Indian journal of veterinary science and animal husbandry - Volumes 24-25, 1954-1955
Year: 1954
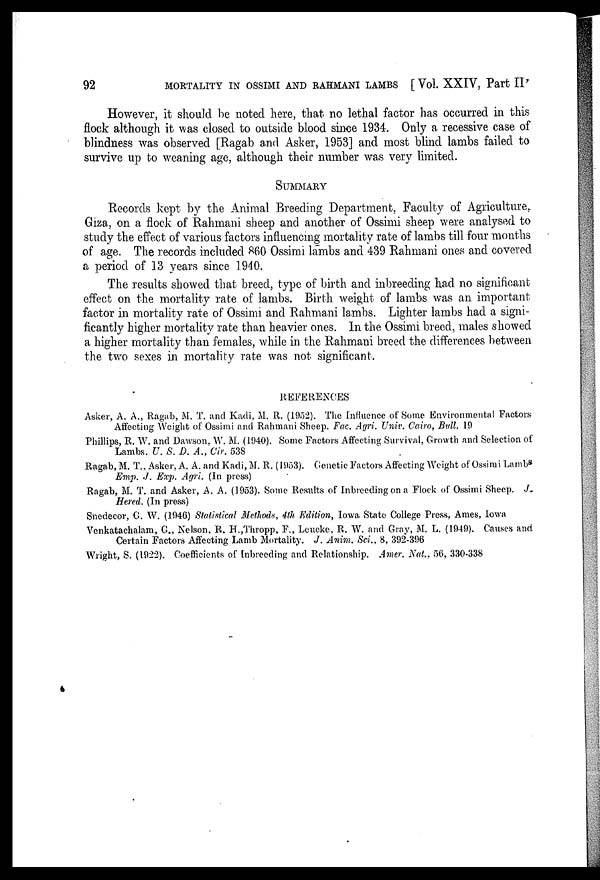
92
MORTALITY IN OSSIMI AND RAHMANI LAMBS [Vol. XXIV, Part II,
However, it should be noted here, that no lethal factor has occurred in this
flock although it was closed to outside blood since 1934. Only a recessive case of
blindness was observed [Ragab and Asker, 1953] and most blind lambs failed to
survive up to weaning age, although their number was very limited.
SUMMARY
Records kept by the Animal Breeding Department, Faculty of Agriculture,
Giza, on a flock of Rahmani sheep and another of Ossimi sheep were analysed to
study the effect of various factors influencing mortality rate of lambs till four months
of age. The records included 860 Ossimi lambs and 439 Rahmani ones and covered
a period of 13 years since 1940.
The results showed that breed, type of birth and inbreeding had no significant
effect on the mortality rate of lambs. Birth weight of lambs was an important
factor in mortality rate of Ossimi and Rahmani lambs. Lighter lambs had a signi-
ficantly higher mortality rate than heavier ones. In the Ossimi breed, males showed
a higher mortality than females, while in the Rahmani breed the differences between
the two sexes in mortality rate was not significant.
REFERENCES
Asker, A. A., Ragab, M. T. and Kadi. M. R. (1952). The Influence of Some Environmental Factors
Affecting Weight of Ossimi and Rahmani Sheep. Fac. Agri. Univ. Cairo, Bull. 19
Phillips, R. W. and Dawson, W. M. (1940). Some Factors Affecting Survival. Growth and Selection of
Lambs. U. S. D. A., Cir. 538
Ragab, M. T., Asker, A. A. and Kadi, M. R. (1953). Genetic Factors Affecting Weight of Ossimi Lambs
Emp. J. Exp. Agri. (In press)
Ragab, M. T. and Asker, A. A. (1953). Some Results of Inbreeding on a Flock of Ossimi Sheep. J.
Hered. (In press)
Snedecor, G. W. (1946) Statistical Methods, 4th Edition, Iowa State College Press, Ames, Iowa
Venkatachalam, G., Nelson, R. H.,Thropp, F., Leucke, R. W. and Gray, M. L. (1949). Causes and
Certain Factors Affecting Lamb Mortality. J. Anim. Sci., 8, 392-396
Wright, S. (1922). Coefficients of Inbreeding and Relationship. Amer. Nat., 56, 330-338